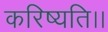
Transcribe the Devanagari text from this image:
करिष्यति।।